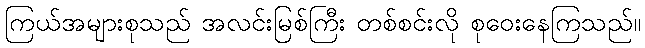
ကြယ်အများစုသည် အလင်းမြစ်ကြီး တစ်စင်းလို စုဝေးနေကြသည်။